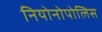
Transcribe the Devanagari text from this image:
नियोनोपोलिस